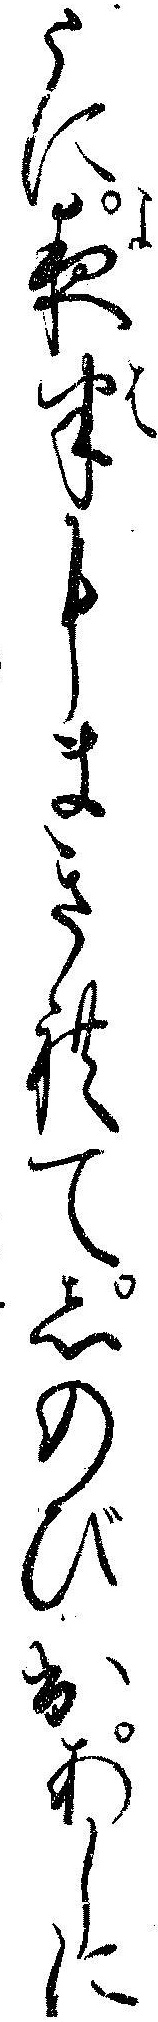
さに夜半にまきれてしのび出あしに